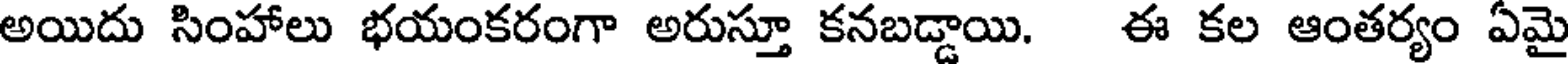
అయిదు సింహాలు భయంకరంగా అరుస్తూ కనబడ్డాయి. ఈ కల ఆంతర్యం ఏమై